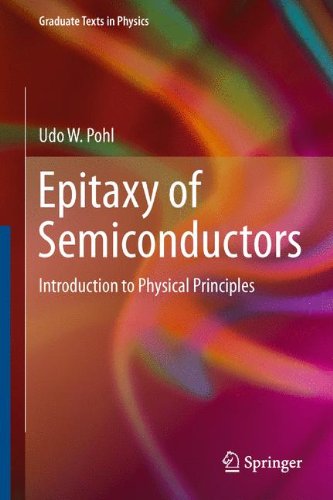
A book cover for Epitaxy of Semiconductors: Introduction to Physical Principles (Graduate Texts in Physics); Udo W. Pohl; Science & Math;